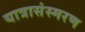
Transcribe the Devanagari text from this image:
यात्रासंस्मरण